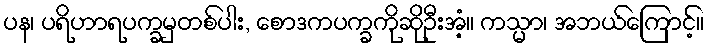
ပန၊ ပရိဟာရပက္ခမှတစ်ပါး, စောဒကပက္ခကိုဆိုဦးအံ့။ ကသ္မာ၊ အဘယ်ကြောင့်။